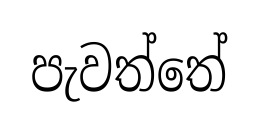
පැවත්තේ